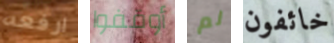
ارفعه أوقفوا لم خائفون